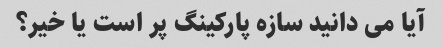
آیا می دانید سازه پارکینگ پر است یا خیر؟